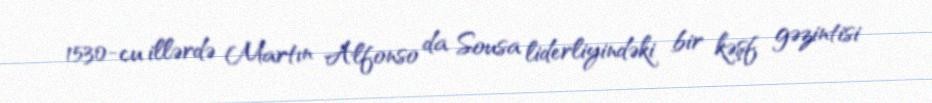
1530-cu illərdə Martın Alfonso da Sousa liderliyindəki bir kəşf gəzintisi